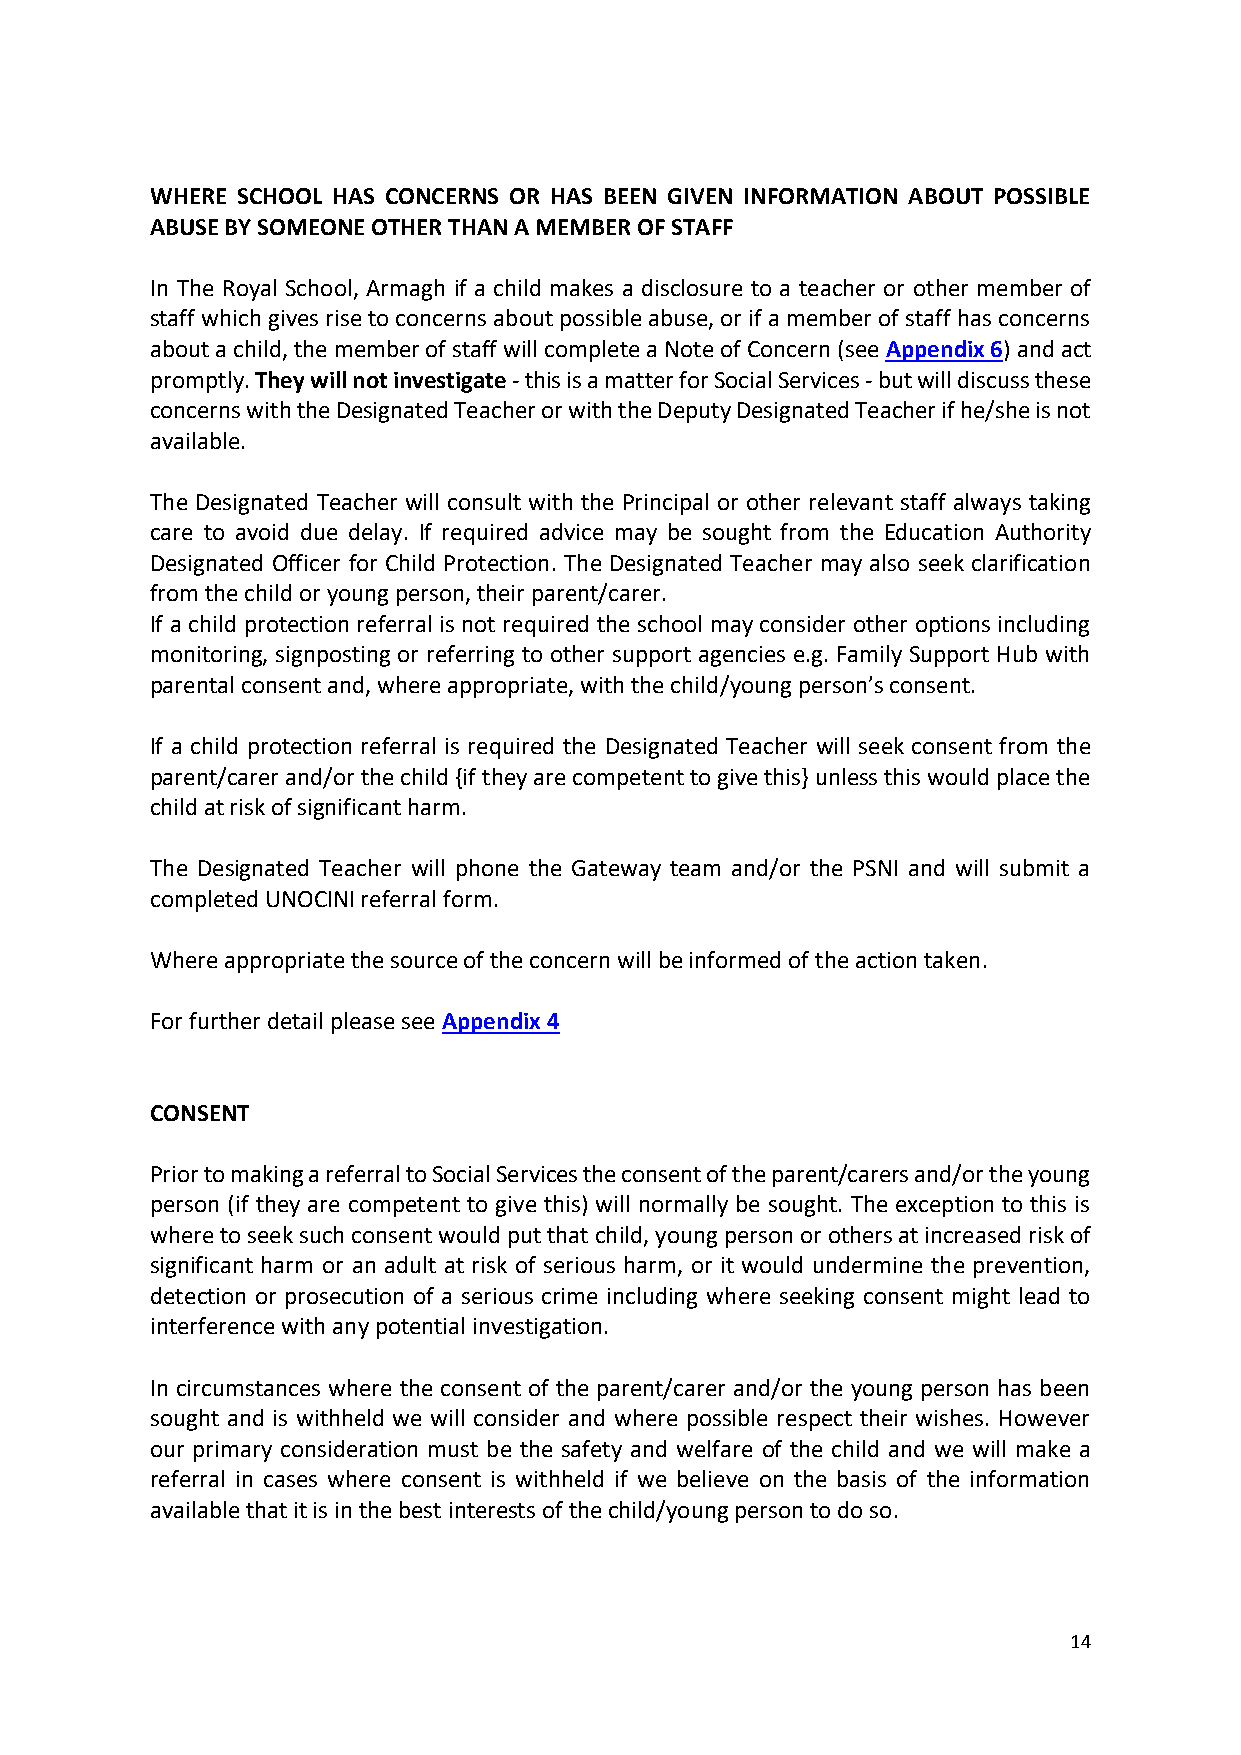
WHERE SCHOOL HAS CONCERNS OR HAS BEEN GIVEN INFORMATION ABOUT POSSIBLE
 ABUSE BY SOMEONE OTHER THAN A MEMBER OF STAFF
 In The Royal School, Armagh if a child makes a disclosure to a teacher or other member of
 staff which gives rise to concerns about possible abuse, or if a member of staff has concerns
 about a child, the member of staff will complete a Note of Concern (see Appendix 6) and act
 promptly. They will not investigate - this is a matter for Social Services - but will discuss these
 concerns with the Designated Teacher or with the Deputy Designated Teacher if he/she is not
 available.
 The Designated Teacher will consult with the Principal or other relevant staff always taking
 care to avoid due delay. If required advice may be sought from the Education Authority
 Designated Officer for Child Protection. The Designated Teacher may also seek clarification
 from the child or young person, their parent/carer.
 If a child protection referral is not required the school may consider other options including
 monitoring, signposting or referring to other support agencies e.g. Family Support Hub with
 parental consent and, where appropriate, with the child/young person’s consent.
 If a child protection referral is required the Designated Teacher will seek consent from the
 parent/carer and/or the child {if they are competent to give this} unless this would place the
 child at risk of significant harm.
 The Designated Teacher will phone the Gateway team and/or the PSNI and will submit a
 completed UNOCINI referral form.
 Where appropriate the source of the concern will be informed of the action taken.
 For further detail please see Appendix 4
 CONSENT
 Prior to making a referral to Social Services the consent of the parent/carers and/or the young
 person (if they are competent to give this) will normally be sought. The exception to this is
 where to seek such consent would put that child, young person or others at increased risk of
 significant harm or an adult at risk of serious harm, or it would undermine the prevention,
 detection or prosecution of a serious crime including where seeking consent might lead to
 interference with any potential investigation.
 In circumstances where the consent of the parent/carer and/or the young person has been
 sought and is withheld we will consider and where possible respect their wishes. However
 our primary consideration must be the safety and welfare of the child and we will make a
 referral in cases where consent is withheld if we believe on the basis of the information
 available that it is in the best interests of the child/young person to do so.
 14